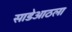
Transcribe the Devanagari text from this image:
साडेआठला